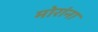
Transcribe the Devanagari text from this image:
मोरांना